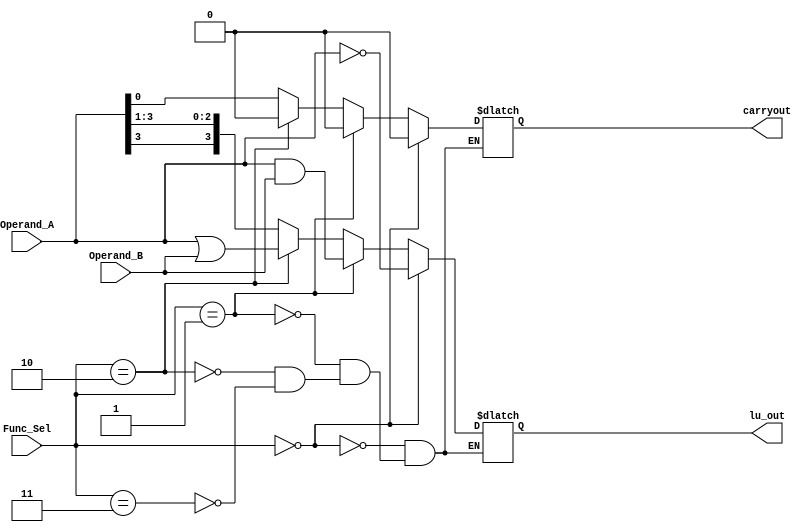
module dxp_lu_v (Func_Sel, Operand_A, Operand_B, lu_out, carryout);
	input [2:1] Func_Sel;
	input	[3:0] Operand_A, Operand_B;
	output reg [3:0] lu_out;
	output reg carryout;
	
	always @(Func_Sel or Operand_A or Operand_B)
	 	if (Func_Sel == 2'b00)
			begin
			lu_out <= ~Operand_A;
			carryout <= 0;
			end
		else if (Func_Sel == 2'b01)
			begin
			lu_out <= Operand_A & Operand_B;
			carryout <= 0;
			end
		else if (Func_Sel == 2'b10)
			begin
			lu_out <= Operand_A | Operand_B;
			carryout <= 0;
			end
		else if (Func_Sel == 2'b11)
			begin
			lu_out <= {Operand_A[3], Operand_A[3], Operand_A[2], Operand_A[1]};
			carryout <= Operand_A[0];
			end
endmodule